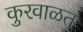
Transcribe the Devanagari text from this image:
कुरवाळत